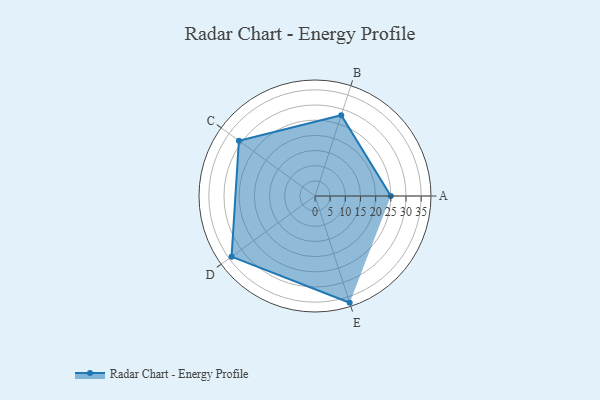
{"axis": {"x": "Skill", "y": "Score"}, "legend": ["Profile"], "data": [{"x": "A", "y": 25.0, "type": "Profile"}, {"x": "B", "y": 28.0, "type": "Profile"}, {"x": "C", "y": 31.0, "type": "Profile"}, {"x": "D", "y": 34.0, "type": "Profile"}, {"x": "E", "y": 37.0, "type": "Profile"}]}